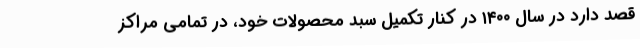
قصد دارد در سال ۱۴۰۰ در کنار تکمیل سبد محصولات خود، در تمامی مراکز